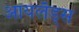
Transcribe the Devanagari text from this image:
आयलँड्स